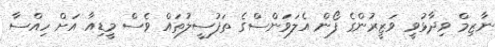
ނާޒިމް ވިދާޅުވީ ވަޒީރުންގެ ފޯން އެލަވަންސްގެ ތަފުސީލުތައް ވެސް މީޑިއާ އަށް ހިއްސާ